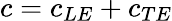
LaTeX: c=c_{LE}+c_{TE}